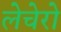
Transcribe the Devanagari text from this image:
लेचेरो